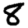
Digit: 8